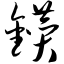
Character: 钻